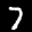
Label: 7